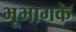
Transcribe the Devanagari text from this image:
भूभागके